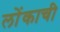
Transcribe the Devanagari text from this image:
लोंकाची